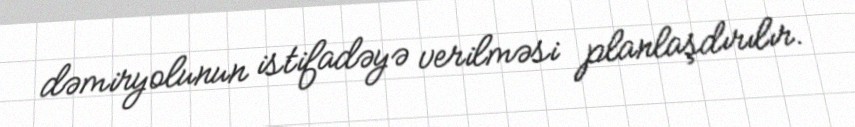
dəmiryolunun istifadəyə verilməsi planlaşdırılır.